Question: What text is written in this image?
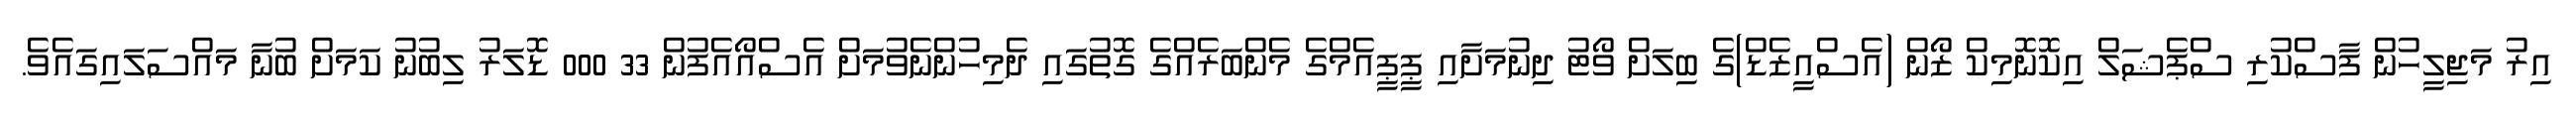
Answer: އިރު މަޖިލީހުން ފާސްކުރި ސްޕެޝަލް އިކޮނޮމިކް ޒޯން (އެސްއީޒެޑް)ގެ ބިލަށް ވޯޓު ދިނުމަށާއި ޕީޕީއެމްގެ މެންބަރެއްގެ ގޮތުގައި ދެމިހުންނެވުމަށް އެސްއޯއެފުން 33 000 ޑޮލަރު ލިބުނު ކަމަށް ބުނާ މައްސަލައިގައެވެ.